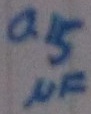
Text: 0.15µF